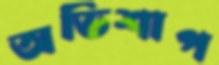
অভিশাপ